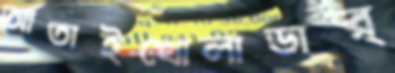
আতাইখোলাডার্